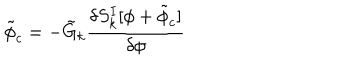
LaTeX: { \tilde { \phi } } _ { c } = - { \tilde { G } } _ { k } { \frac { \delta S _ { k } ^ { I } [ \phi + { \tilde { \phi } _ { c } } ] } { \delta \phi } }